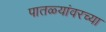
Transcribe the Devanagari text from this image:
पातळ्यांवरच्या